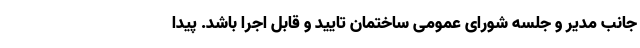
جانب مدیر و جلسه شورای عمومی ساختمان تایید و قابل اجرا باشد. پیدا